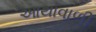
આથાવાળી